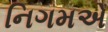
નિગમએ